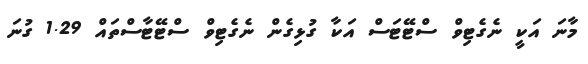
މާނަ އަކީ ނެގެޓިވް ސްޓޭޓަސް އަކާ ގުޅިގެން ނެގެޓިވް ސްޓޭޓާސްތައް 1.29 ގުނަ